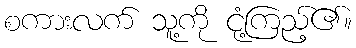
စကားလက် သူ့ကို ငုံ့ကြည့်၏။